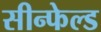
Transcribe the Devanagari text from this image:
सीन्फेल्ड